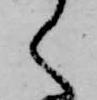
く